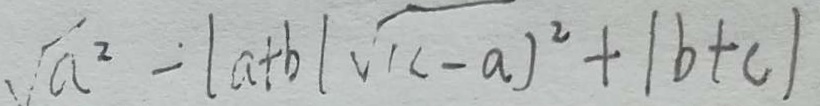
\sqrt { a ^ { 2 } } - \vert a + b \vert \sqrt { ( c - a ) ^ { 2 } } + \vert b + c \vert